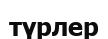
түрлер